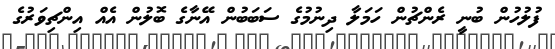
ފުލުހުން ބުނީ ރެންޗުން ހަމަލާ ދިނުމުގެ ސަބަބުން އޭނާގެ ބޮލުން އެއް އިންޗިވަރުގެ